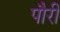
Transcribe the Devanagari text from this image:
पौरी